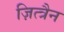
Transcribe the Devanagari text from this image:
ज़ित्त्रैन